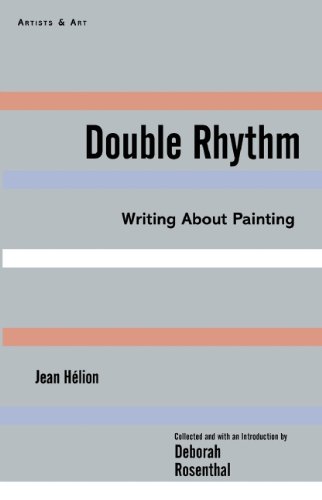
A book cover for Double Rhythm: Writings About Painting (Artists & Art); Jean HÃ©lion; Arts & Photography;